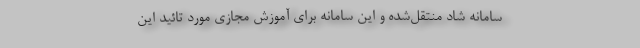
سامانه شاد منتقل‌شده و این سامانه برای آموزش مجازی مورد تائید این